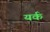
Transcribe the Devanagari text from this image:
यर्क